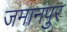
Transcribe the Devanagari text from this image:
जमानपुर